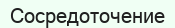
Сосредоточение